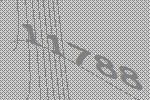
11788